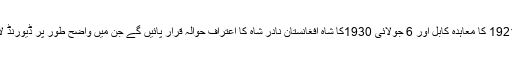
اب 1905کا حبیب اللہ خان والا معاہدہ 1919 کا پنڈی ایگریمنٹ 22 نومبر 1921 کا معاہدہ کابل اور 6 جولائی 1930کا شاہ افغانستان نادر شاہ کا اعتراف حوالہ قرار پائیں گے جن میں واضح طور پر ڈیورنڈ لائن کو ہندوستان اور افغانستان کے درمیان بین الاقوامی سرحد تسلیم کیا گیا ہے۔